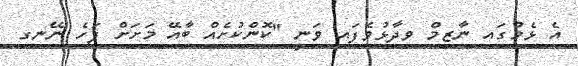
އެ ޅެމުގައި ނާޒިމް ވިދާޅުވެފައި ވަނީ "ކޮންކުށެއް ބާއޭ މަށަށް ފަހެ ނޭނގި